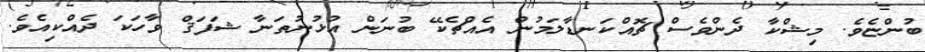
ބުންޏެވެ. މިޝްކާ ދެންވެސް ޗޮއްކަނޑާލަމުން އެއްޗެކޭ ބުނަން އުޅުނުތަނާ ޝަފަޤް ވާހަކަ ދެއްކިއެވެ.